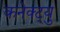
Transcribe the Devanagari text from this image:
कनेक्ट्यु